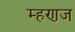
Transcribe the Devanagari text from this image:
म्हणज